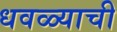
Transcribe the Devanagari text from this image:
धवळ्याची